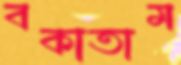
বকাতাম